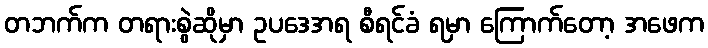
တဘက်က တရားစွဲဆိုမှာ ဥပဒေအရ စီရင်ခံ ရမှာ ကြောက်တော့ အဖေက